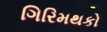
ગિરિમથકો